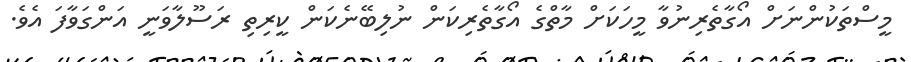
މީސްތަކުންނަށް އޯގާތެރިނުވާ މީހަކަށް މާތްގެ އޯގާތެރިކަން ނުލިބޭނެކަން ކީރިތި ރަސޫލާވަނީ އަންގަވާފަ އެވެ.